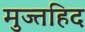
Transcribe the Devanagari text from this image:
मुज्तहिद